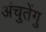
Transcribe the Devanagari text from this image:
अंचुतेंगु